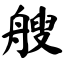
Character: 艘